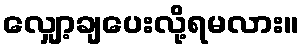
လျှော့ချပေးလို့ရမလား။